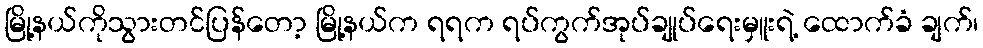
မြို့နယ်ကိုသွားတင်ပြန်တော့ မြို့နယ်က ရရက ရပ်ကွက်အုပ်ချုပ်ရေးမှူးရဲ့ ထောက်ခံ ချက်၊